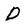
Character: D